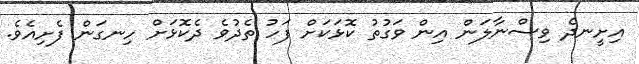
އިށީނދެ ވިސްނާލަން އިން ވަގުތު ކޮޅަކަށް ފަހު ތެދުވެ ދެކޮޅަށް ހިނގަން ފެށިއެވެ.